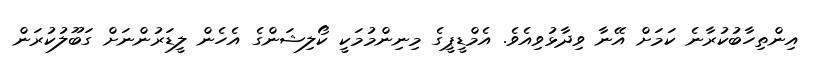
އިންތިހާބުކުރާނެ ކަމަށް އޭނާ ވިދާޅުވިއެވެ. އެމްޑީޕީގެ މިނިންމުމަކީ ކޯލިޝަންގެ އެހެން ލީޑަރުންނަށް ގަބޫލުކުރަން